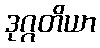
ဒုဂ္ဂတိယာ